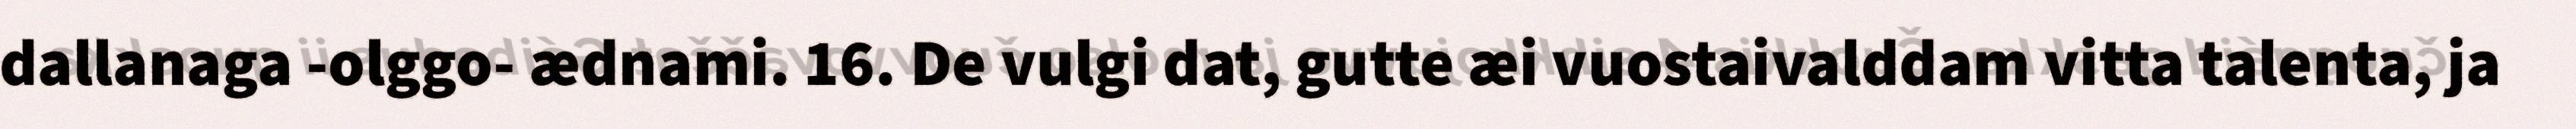
dallanaga -olggo- ædnami. 16. De vulgi dat, gutte æi vuostaivalddam vitta talenta, ja